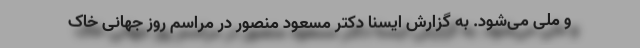
و ملی می‌شود. به گزارش ایسنا دکتر مسعود منصور در مراسم روز جهانی خاک